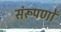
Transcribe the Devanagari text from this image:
संरूपणों